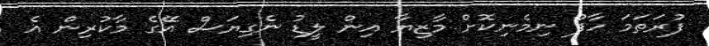
ފުރަތަމަ ހާފު ނިމެނިކޮށް މާޒިޔާ އިން ލީޑު ނެގިޔަސް އޭގެ މާކުރިން އެ